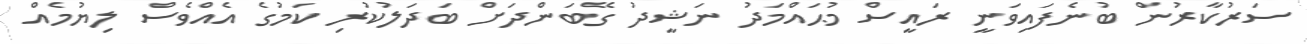
ސަރުކާރުން ބުނެފައިވަނީ ރައީސް މުޙައްމަދު ނަޝީދު ގޭބަންދަށް ބަދަލުކުރި ކަމުގެ އެއްވެސް ލިޔުމެއް